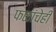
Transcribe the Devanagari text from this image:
फळांचेही